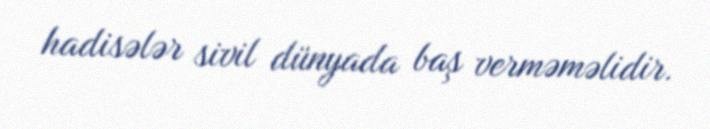
hadisələr sivil dünyada baş verməməlidir.